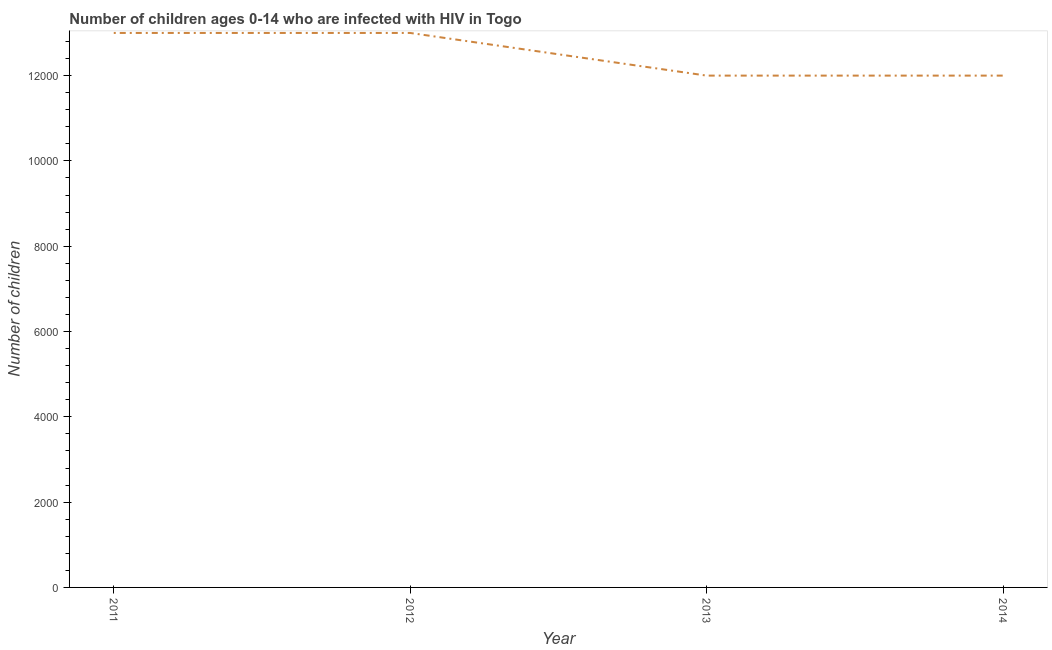
| Year | Children (0-14) living with HIV |
 | --- | --- |
 | 2011 | 1.3e+04 |
 | 2012 | 1.3e+04 |
 | 2013 | 1.2e+04 |
 | 2014 | 1.2e+04 |